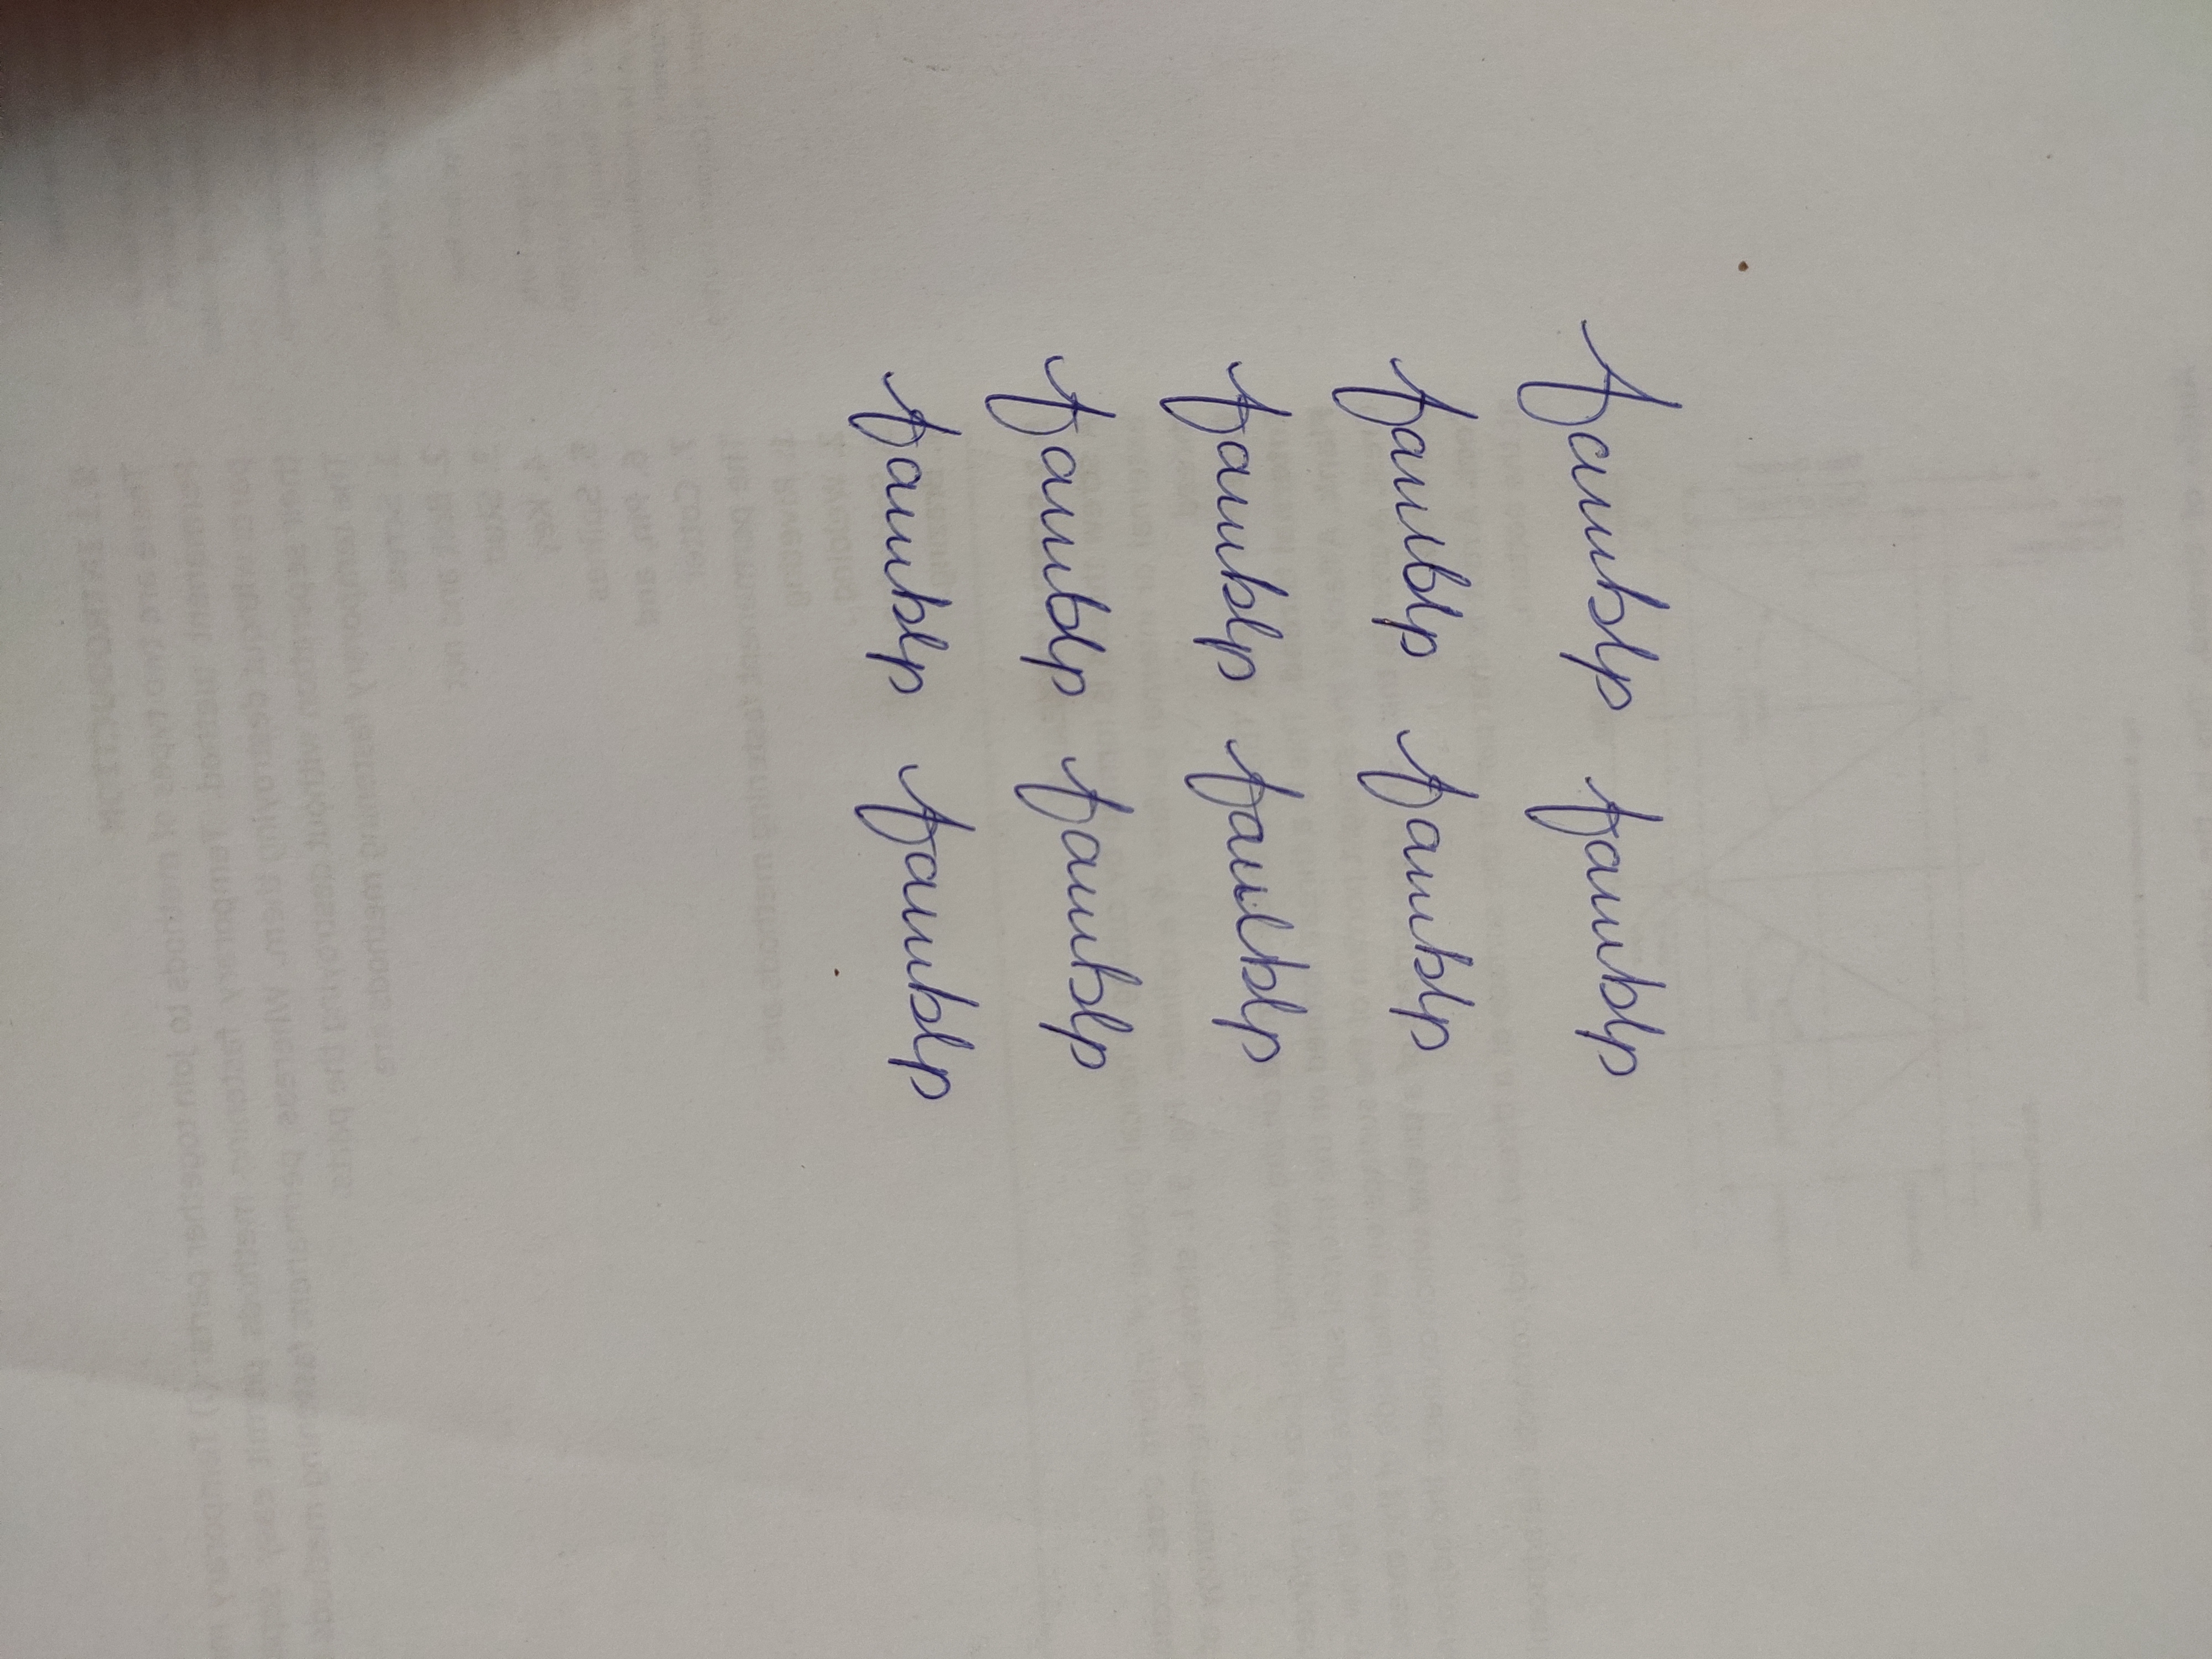
Signature authenticity: forged